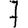
Digit: 7